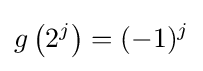
g\left(2^{j}\right)=(-1)^{j}